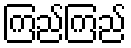
ကြည်ကြည်